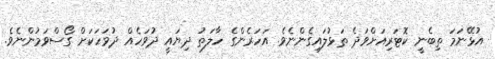
އުޅޭނަމަ ތިބެނީ ކޮޓަރިއަށްވަދެ ތަޅުލައިގެންނެވެ. އަހަރެންގެ ހާލަތު ދިޔައީ ދުވަހެއް ދުވަހަކަށް ގޯސްވަމުންނެވެ.